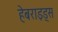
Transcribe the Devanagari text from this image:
हेबराइड्स